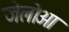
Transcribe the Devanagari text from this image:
जेलोआ